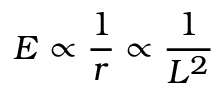
E \propto { \frac { 1 } { r } } \propto { \frac { 1 } { L ^ { 2 } } }